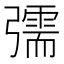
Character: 𢐰